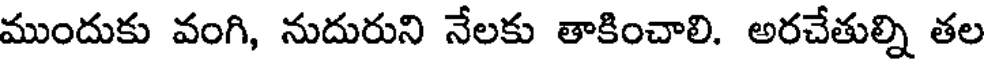
ముందుకు వంగి, నుదురుని నేలకు తాకించాలి. అరచేతుల్ని తల